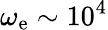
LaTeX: \omega_{\mathrm{e}}\sim 10^{4}